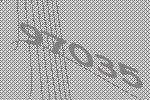
97035